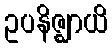
ဥပနိဇ္ဈာယိ